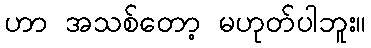
ဟာ အသစ်တော့ မဟုတ်ပါဘူး။